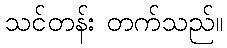
သင်တန်း တက်သည်။